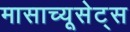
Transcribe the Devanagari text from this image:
मासाच्यूसेट्स